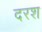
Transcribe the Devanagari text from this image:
दरश